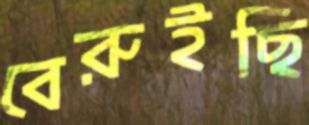
বেরুইছি